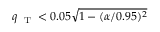
q _ { \mathrm { ~ \tiny ~ T ~ } } < 0 . 0 5 \sqrt { 1 - ( \alpha / 0 . 9 5 ) ^ { 2 } }